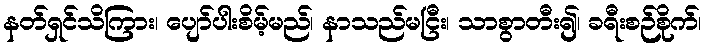
နတ်ရှင်သိကြား၊ ပျော်ပါးစိမ့်မည်၊ နာသည်မငြီး၊ သာစွာတီး၍၊ ခရီးစဉ်စိုက်၊